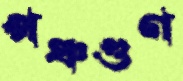
পঞ্চগুণ